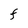
Character: F